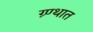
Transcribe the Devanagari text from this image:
ग्र्ण्थात